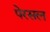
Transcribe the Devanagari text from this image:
पेरसल